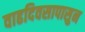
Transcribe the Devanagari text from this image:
वाढदिवसापासुन